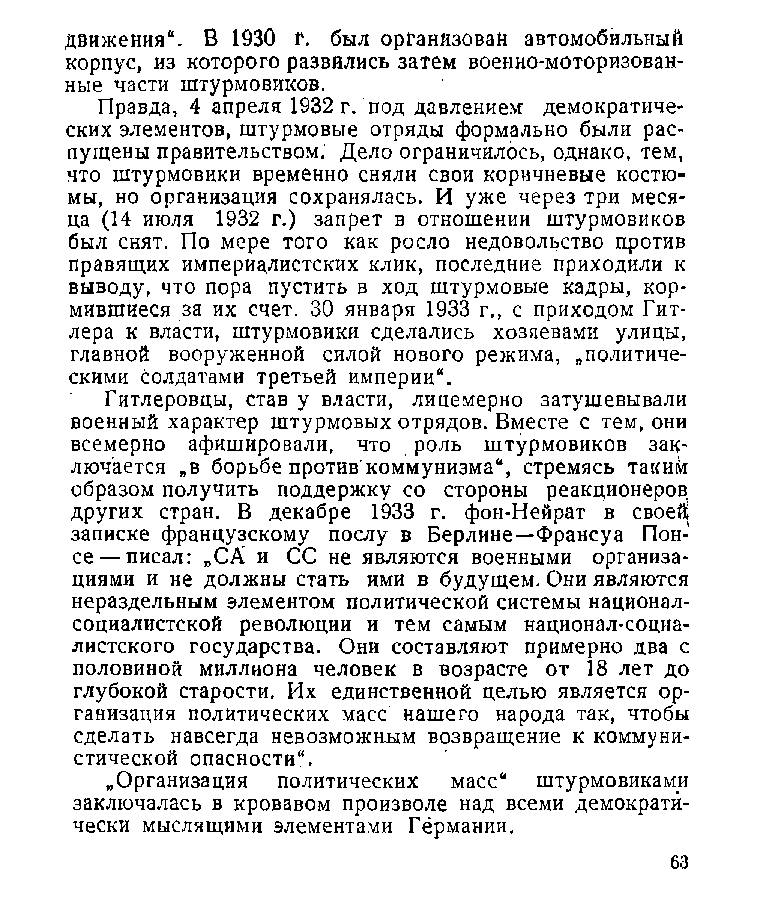
движения“. В 1930 г. был организован автомобильный
 корпус, из которого развились затем военно-моторизован­
 ные части штурмовиков.
 Правда, 4 апреля 1932 г. под давлением демократиче­
 ских элементов, штурмовые отряды формально были рас­
 пущены правительством. Дело ограничилось, однако, тем,
 что штурмовики временно сняли свои коричневые костю­
 мы, но организация сохранялась. И уже через три меся­
 ца (14 июля 1932 г.) запрет в отношении штурмовиков
 был снят. По мере того как росло недовольство против
 правящих империалистских клик, последние приходили к
 выводу, что пора пустить в ход штурмовые кадры, кор­
 мившиеся за их счет. 30 января 1933 г., с приходом Гит­
 лера к власти, штурмовики сделались хозяевами улицы,
 главной вооруженной силой нового режима, „политиче­
 скими солдатами третьей империи“.
 Гитлеровцы, став у власти, лицемерно затушевывали
 военный характер штурмовых отрядов. Вместе с тем, они
 всемерно афишировали, что роль штурмовиков зак­
 лючается „в борьбе против коммунизма“, стремясь таким
 образом получить поддержку со стороны реакционеров,
 других стран. В декабре 1933 г. фон-Нейрат в своей
 записке французскому послу в Берлине—Франсуа Пон­
 се— писал: „СА и СС не являются военными организа­
 циями и не должны стать ими в будущем. Они являются
 нераздельным элементом политической системы национал-
 социалистской революции и тем самым национал-социа­
 листского государства. Они составляют примерно два с
 половиной миллиона человек в возрасте от 18 лет до
 глубокой старости. Их единственной целью является ор­
 ганизация политических масс нашего народа так, чтобы
 сделать навсегда невозможным возвращение к коммуни­
 стической опасности“.
 „Организация политических масс“ штурмовиками
 заключалась в кровавом произволе над всеми демократи­
 чески мыслящими элементами Германии.
 63